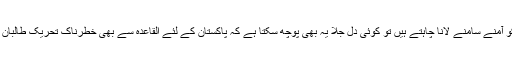
اگر آپ القاعدہ کے پکڑے گئے لوگوں کو بنیاد بناکر مدارس اور اسلامی تحریکوں کو آمنے سامنے لانا چاہتے ہیں تو کوئی دل جلا یہ بھی پوچھ سکتا ہے کہ پاکستان کے لئے القاعدہ سے بھی خطرناک تحریک طالبان پاکستان اور احرار الہند اول تا آخر کیامدارس چھوڑ کر جانے والوں پر مشتمل نہیں؟